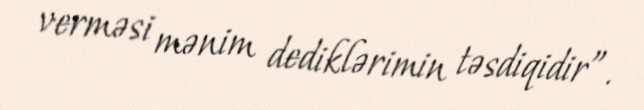
verməsi mənim dediklərimin təsdiqidir”.